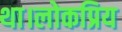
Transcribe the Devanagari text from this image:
था।लोकप्रिय